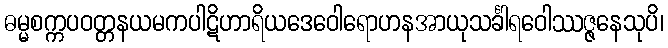
ဓမ္မစက္ကပဝတ္တနယမကပါဋိဟာရိယဒေဝေါရောဟနအာယုသင်္ခါရဝေါဿဇ္ဇနေသုပိ၊